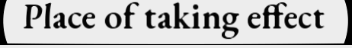
Place of taking effect